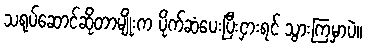
သရုပ်ဆောင်ဆိုတာမျိုးက ပိုက်ဆံပေးပြီးငှားရင် သွားကြမှာပဲ။